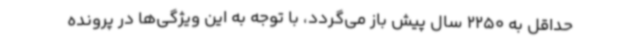
حداقل به 2250 سال پیش باز می‌گردد، با توجه به این ویژگی‌ها در پرونده